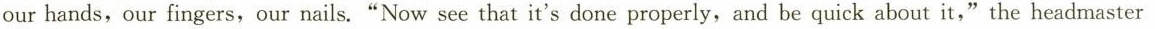
our hands,our fingers,our nails."Now see that it's done properly, and be quick about it,"the headmaster